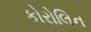
કોરોલિન